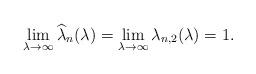
LaTeX: \begin{align*}\lim_{\lambda\to\infty} \widehat{\lambda}_{n}(\lambda)=\lim_{\lambda\to\infty} \lambda_{n,2}(\lambda)=1.\end{align*}